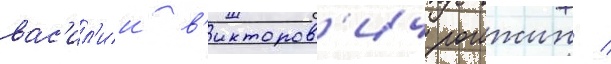
вас'ил'ии в'икторов'ич рогожин /